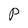
Character: P